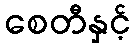
စေတီနှင့်